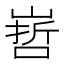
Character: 𭗀